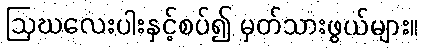
ဩဃလေးပါးနှင့်စပ်၍ မှတ်သားဖွယ်များ။